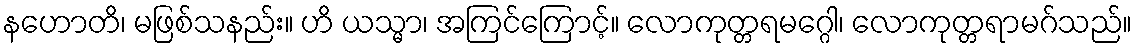
နဟောတိ၊ မဖြစ်သနည်း။ ဟိ ယသ္မာ၊ အကြင်ကြောင့်။ လောကုတ္တရမဂ္ဂေါ၊ လောကုတ္တရာမဂ်သည်။